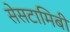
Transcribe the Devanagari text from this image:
सेसटामिबी